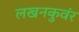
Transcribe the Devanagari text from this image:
लखनकुवंर